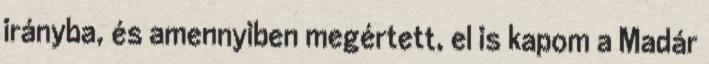
irányba, és amennyiben megértett, el is kapom a Madár